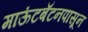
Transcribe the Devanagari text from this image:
माऊंटबॅटनपासून